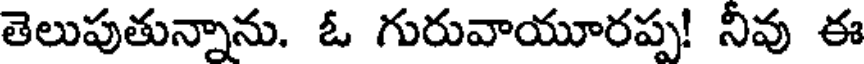
తెలుపుతున్నాను. ఓ గురువాయూరప్ప! నీవు ఈ